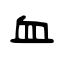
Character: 血